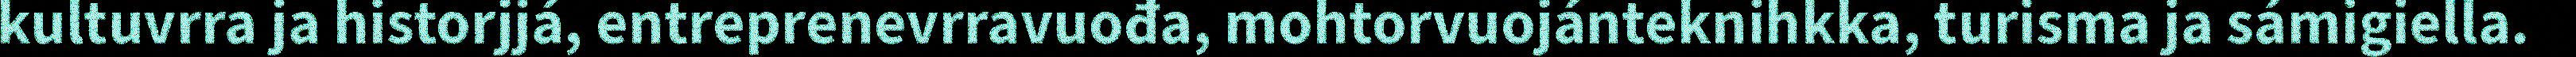
kultuvrra ja historjjá, entreprenevrravuođa, mohtorvuojánteknihkka, turisma ja sámigiella.